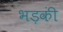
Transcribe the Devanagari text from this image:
भड़कीं